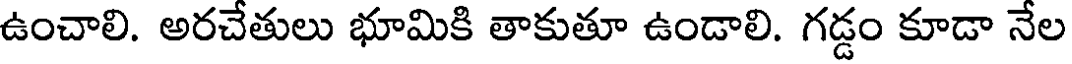
ఉంచాలి. అరచేతులు భూమికి తాకుతూ ఉండాలి. గడ్డం కూడా నేల